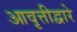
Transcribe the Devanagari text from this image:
आवृत्तीद्वारे